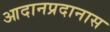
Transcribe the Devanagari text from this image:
आदानप्रदानास